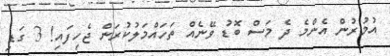
އުމުރުން އެންމެ ދެ މަސް ބޮޑު ވޭނެއް ތަހައްމަލުކުރަން ޖެހިފައި! 3 ގަޑި